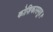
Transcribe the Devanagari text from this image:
कोशिकासमूह।